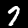
Label: 7